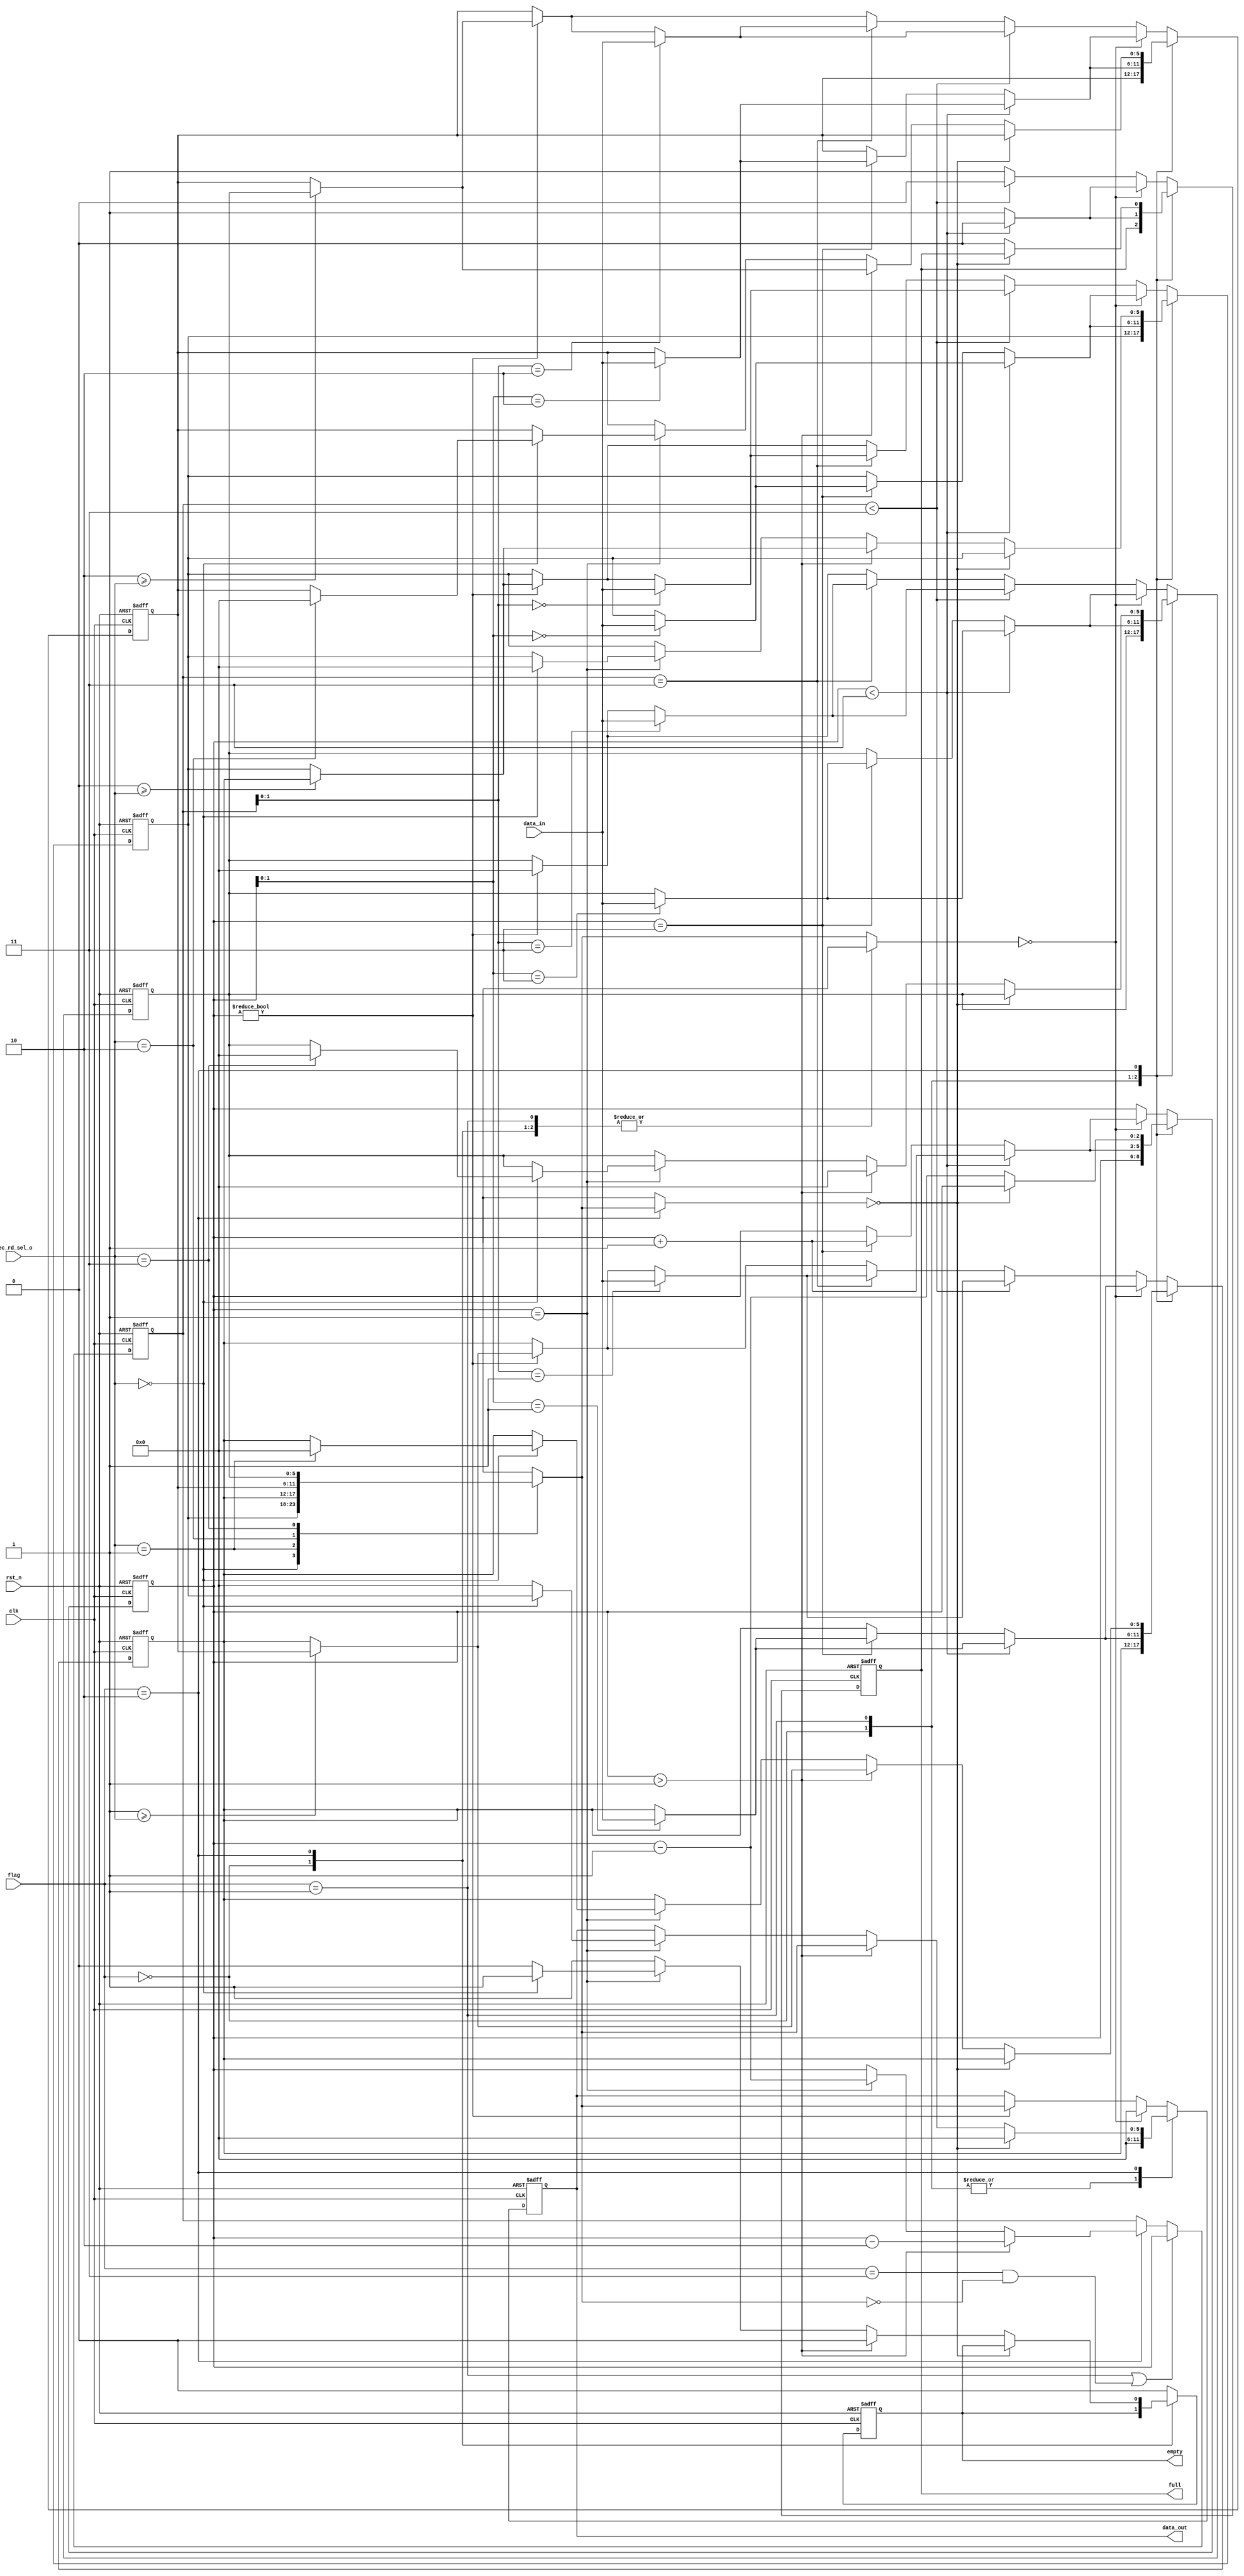
`timescale 1ns / 1ps
//////////////////////////////////////////////////////////////////////////////////
// Company: 
// Engineer: 
// 
// Design Name: 
// Module Name: queue_data
// Project Name: 
// Target Devices: 
// Tool Versions: 
// Description: 
// 
// Dependencies: 
// 
// Revision:
// Revision 0.01 - File Created
// Additional Comments:
// 
//////////////////////////////////////////////////////////////////////////////////


`timescale 1ns / 1ps
//////////////////////////////////////////////////////////////////////////////////
// Company: 
// Engineer: 
// 
// Design Name: 
// Module Name: queue_data
// Project Name: 
// Target Devices: 
// Tool Versions: 
// Description: 
// 
// Dependencies: 
// 
// Revision:
// Revision 0.01 - File Created
// Additional Comments:
// 
//////////////////////////////////////////////////////////////////////////////////


module queue_data( 
input clk,
input rst_n,
input [5:0] data_in,
input [1:0] dec_rd_sel_o,
input [1:0] flag,
output reg [5:0] data_out,
output reg full,
output reg empty
    );
parameter QUEUE_DEPTH = 3'd4,
          DATA_WIDTH = 3'd6;
reg [DATA_WIDTH - 1 : 0] dat [0: QUEUE_DEPTH - 1];// memory
reg [2 : 0] rear = 3'd0;
reg [2 : 0] i = 3'd0;
reg [2 : 0] mem1 = 3'd0;


always @(posedge clk or negedge rst_n)
begin
if(!rst_n)
begin
    /*for(i = 0; i < QUEUE_DEPTH; i = i + 1)
    begin
        dat[i] <= 6'b000000; 
    end*/
    dat[0] <= 6'b000000;
    dat[1] <= 6'b000000;
    dat[2] <= 6'b000000;
    dat[3] <= 6'b000000;

    full <= 0;
    empty <= 1;
    data_out <= 6'b000000;
    mem1 <= 0;
    rear <= 0;
end
else
begin
if(flag == 2'b01 || (flag == 2'b11 && dat[dec_rd_sel_o] == 0))
begin
    mem1 <= rear;
end
else if(flag == 2'b10)
begin
    if(rear > 1)
        mem1 <= rear - 2;
    else if(rear == 1)
    begin
        mem1 <= rear - 1;
    end
    else
        mem1 <= rear;
end
else
    mem1 <= mem1;
case(flag)
    2'b00:
    begin
        data_out <= 6'b000000;
    end
    2'b01: // PUSH
    begin
        data_out <= 6'b000000;
        if(rear < QUEUE_DEPTH - 1)
        begin
            dat[rear] <= data_in;
            rear <= rear + 1;
            full <= 0;
            empty <= 0;
        end
        else if(rear == QUEUE_DEPTH - 1)
        begin
            dat[rear] <= data_in;
            rear <= rear + 1;
            full <= 1;
            empty <= 0;
        end
        else
        begin 
            full <= 1;
            empty <= 0;
        end
    end
    2'b10:// POP
    begin
        if(dat[dec_rd_sel_o] == 0)
        begin
            rear <= rear;
            data_out <= 0;
        end
        else
        begin
            rear <= rear - 1;
            if(rear > 1)
            begin
                data_out <= dat[dec_rd_sel_o];
                i <= 0;
                for(i = 0; i < QUEUE_DEPTH; i = i + 1)
                begin
                    if(i >= dec_rd_sel_o && i < QUEUE_DEPTH - 1)
                    begin
                        dat[i] <= dat[i + 1];
                        empty <= 0;
                        full <= 0;
                    end
                    else if(i == QUEUE_DEPTH - 1)
                    begin
                        dat[i] <= 0;
                        empty <= 0;
                        full <= 0;
                    end
                    else
                    begin
                        empty <= 0;
                        full <= 0;
                    end
                end
        /*if(rear == 0)
        begin
            empty = 1;
            full = 0;
        end
        else
        begin
            empty = 0;
            full = 0;
        end*/
        end
            else if(rear == 1)
            begin
                if(dec_rd_sel_o == 0)
                begin
                    data_out <= dat[dec_rd_sel_o];
                    dat[dec_rd_sel_o] <= 0;
                    empty <= 1;
                    full <= 0;
                end
                else
                begin
                    data_out <= 0;
                    empty <= 0;
                    full <= 0;
                end
            end
            else
            begin
                empty <= 1;
                full <= 0;
            end    
        end
    end
    default:
    begin
        // POP FIRST
        if(dat[dec_rd_sel_o] == 0)
        begin
            data_out <= 6'b000000;
            if(rear < QUEUE_DEPTH - 1)
            begin
                dat[rear] <= data_in;
                rear <= rear + 1;
                full <= 0;
                empty <= 0;
            end
            else if(rear == QUEUE_DEPTH - 1)
            begin
                dat[rear] <= data_in;
                rear <= rear + 1;
                full <= 1;
                empty <= 0;
            end
            else
            begin 
                full <= 1;
                empty <= 0;
            end
        end
        else
        begin
            if(rear != 0)
            begin
                data_out <= dat[dec_rd_sel_o];
                i <= 0;
                for(i = 0; i < QUEUE_DEPTH; i = i + 1)
                begin
                    if(i >= dec_rd_sel_o && i < QUEUE_DEPTH - 1)
                    begin
                        dat[i] <= dat[i + 1];
                    end
                    else if(i == QUEUE_DEPTH - 1)
                    begin
                        dat[i] <= 0;
                    end
                    else
                    begin
                        empty <= 0;
                    end
                end
            end
            /*else if(rear == QUEUE_DEPTH)
            begin
                data_out <= dat[dec_rd_sel_o];
                i <= 0;
                for(i = 0; i < QUEUE_DEPTH; i = i + 1)
                begin
                    if(i >= dec_rd_sel_o && i < QUEUE_DEPTH - 1)
                    begin
                        dat[i] <= dat[i + 1];
                        full <= 1;
                    end
                    else if(i == QUEUE_DEPTH - 1)
                    begin
                        dat[i] <= 0;
                        full <= 1;
                    end
                    else
                    begin
                        empty <= 0;
                    end
                end
            end*/
            else
            begin
                empty <= 1;
                full <= 0;
            end
        // PUSH 
            if(mem1 < QUEUE_DEPTH - 1)
                begin
                dat[mem1] <= data_in;
                full <= 0;
                empty <= 0;
            end
            else if(mem1 == QUEUE_DEPTH - 1)
            begin
                dat[mem1] <= data_in;
                full <= 1;
                empty <= 0;
            end
            else
            begin
                full <= 1;
                empty <= 0;
            end
        end
    end
    endcase
end 
end
endmodule